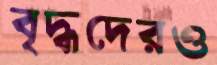
বৃদ্ধদেরও